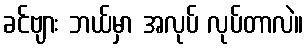
ခင်ဗျား ဘယ်မှာ အလုပ် လုပ်တာလဲ။